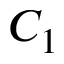
C _ { 1 }